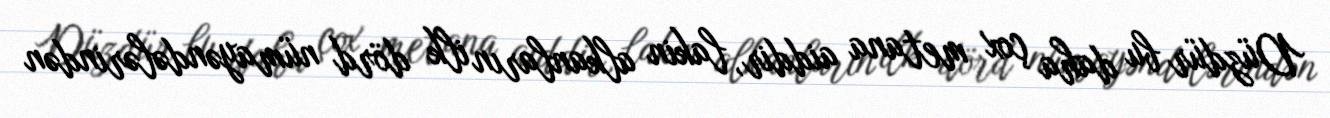
Düzdür bu daha çox metana aiddir, lakin alkanların ilk dörd nümayəndələrindən